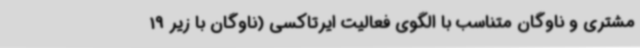
مشتری و ناوگان متناسب با الگوی فعالیت ایرتاکسی (ناوگان با زیر 19